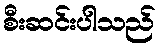
စီးဆင်းပါသည်